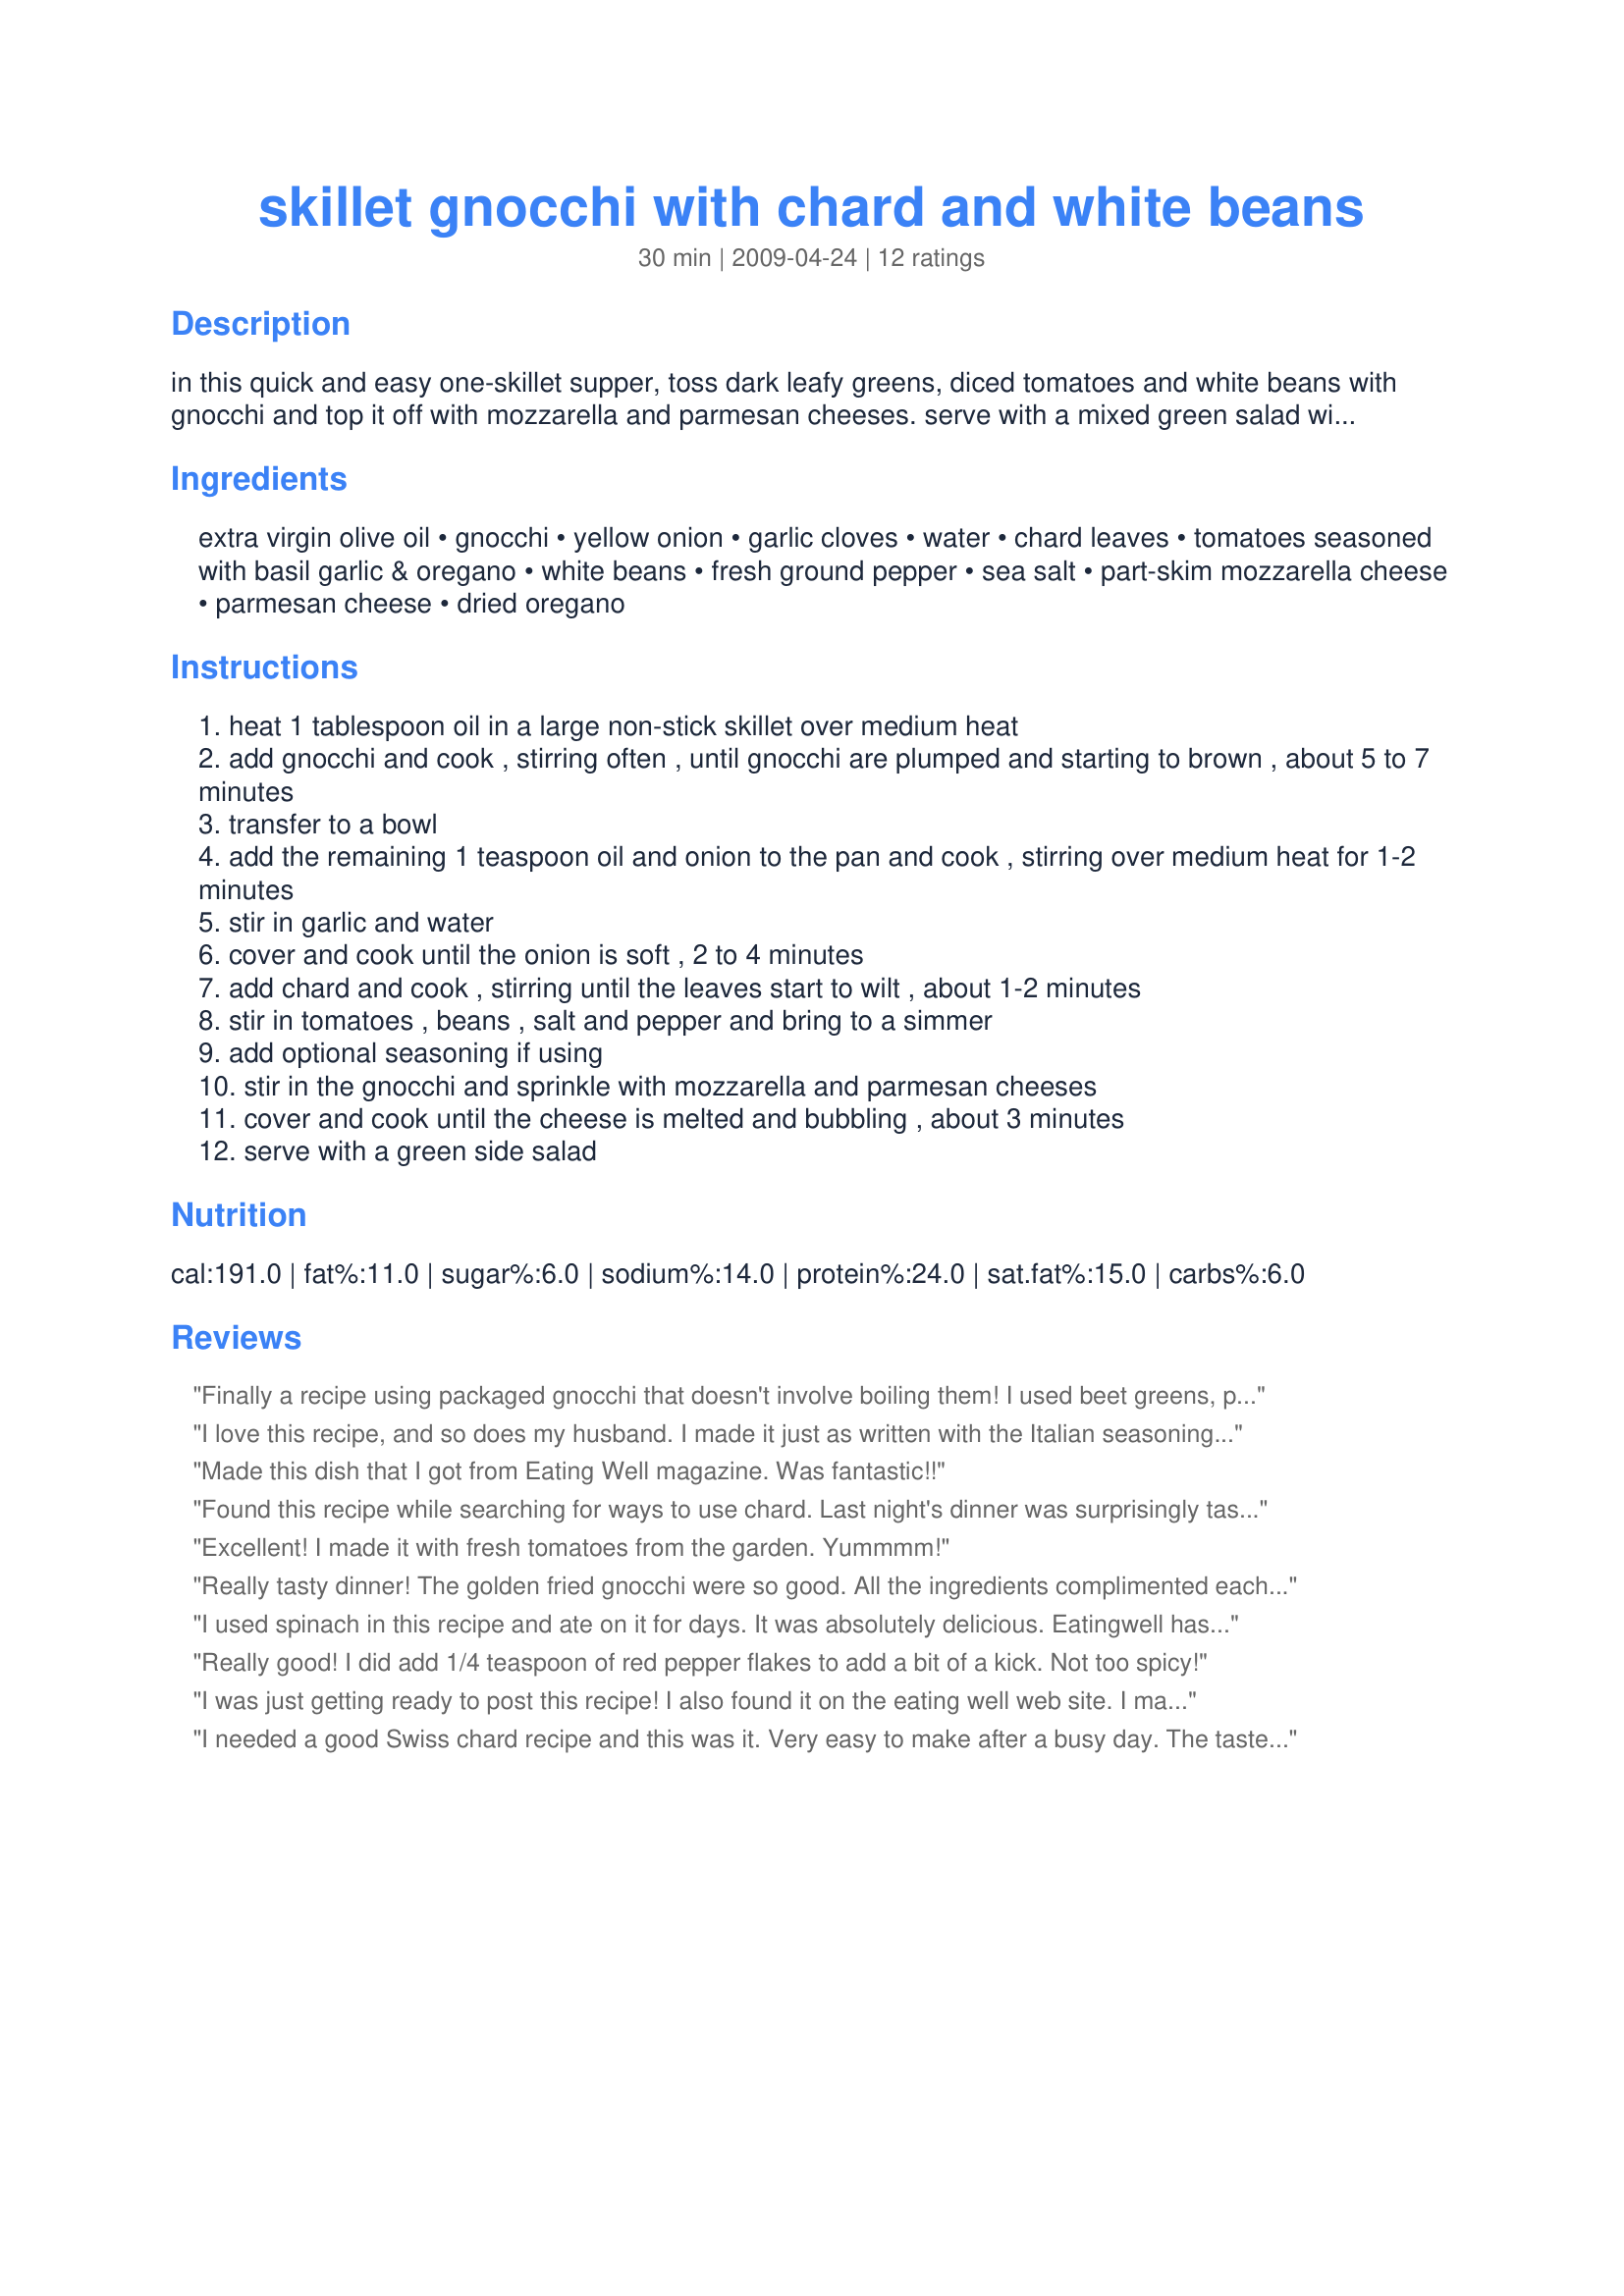
skillet gnocchi with chard and white beans
Preparation time: 30 minutes

in this quick and easy one-skillet supper, toss dark leafy greens, diced tomatoes and white beans with gnocchi and top it off with mozzarella and parmesan cheeses. serve with a mixed green salad with vinaigrette. note: look for shelf-stable gnocchi near other pasta in the italian section of most supermarkets. i used mini potato gnocchi and arugula and it was delicious. i added the optional seasoning as my preference was a little more italian flavor. original recipe from eatingwell magazine, jan/feb 2009.

Ingredients:
extra virgin olive oil, gnocchi, yellow onion, garlic cloves, water, chard leaves, tomatoes seasoned with basil garlic & oregano, white beans, fresh ground pepper, sea salt, part-skim mozzarella cheese, parmesan cheese, dried oregano

Steps:
heat 1 tablespoon oil in a large non-stick skillet over medium heat
add gnocchi and cook , stirring often , until gnocchi are plumped and starting to brown , about 5 to 7 minutes
transfer to a bowl
add the remaining 1 teaspoon oil and onion to the pan and cook , stirring over medium heat for 1-2 minutes
stir in garlic and water
cover and cook until the onion is soft , 2 to 4 minutes
add chard and cook , stirring until the leaves start to wilt , about 1-2 minutes
stir in tomatoes , beans , salt and pepper and bring to a simmer
add optional seasoning if using
stir in the gnocchi and sprinkle with mozzarella and parmesan cheeses
cover and cook until the cheese is melted and bubbling , about 3 minutes
serve with a green side salad

Reviews:
Finally a recipe using packaged gnocchi that doesn't involve boiling them! I used beet greens, perlini (mini balls) mozzarella, and Classico Spinach Florentine sauce because they were what I had on hand, and like chef #1336121, found that adding some red pepper flakes was a nice addition. Thanks, FloridaNative, for a great recipe, and a brand new take on cooking with gnocchi.
I love this recipe, and so does my husband. I made it just as written with the Italian seasoning but added a little half & half near the end to help thicken it a little. We have had it several times, once as the side for steak and a second for grilled chicken breast. This is so easy and so delicious. I would not hesitate to serve it to company. You could easily substitute spinach for the chard.
Made this dish that I got from Eating Well magazine. Was fantastic!!
Found this recipe while searching for ways to use chard. Last night's dinner was surprisingly tasty. I used whole wheat gnocchi, added Italian seasoning, and substitued a combination of chicken and vegetable broth for the water. (had leftovers in the fridge) The only disappointment was finding we were out of Parmesan cheese!
Excellent! I made it with fresh tomatoes from the garden. Yummmm!
Really tasty dinner! The golden fried gnocchi were so good. All the ingredients complimented each other well. Next time I would like to soften up the tomatoes and chard a bit longer before adding the beans. In fact I think this would be great with garden tomatoes and plan to use this recipe in concert with Recipe #204002. Will add fresh garden basil and oregano too. Thanks!
I used spinach in this recipe and ate on it for days. It was absolutely delicious. Eatingwell has so many good recipes and this one is definitely one of them!
Really good! I did add 1/4 teaspoon of red pepper flakes to add a bit of a kick. Not too spicy!
I was just getting ready to post this recipe! I also found it on the eating well web site. I made a couple of changes, I used fresh baby spinach instead of the chard (I think it is bitter), and I used Italian style stewed tomatoes. I precooked the gnocchi in boiling water so they would be fluffy. I browned them in the skillet once they were cooked.
This is an awesome recipe, and full of good things. Can't wait to have the left overs tomorrow!
I needed a good Swiss chard recipe and this was it. Very easy to make after a busy day. The taste was fabulous. We now have a new family favorite. Thanks for sharing.
I love gnocchi skillet fried like this! I had been trying to figure out a way to cook gnocchi that I actually liked, and this did the trick. I couldn't stop snacking on the crispy-on-the-outside, soft-on-the-inside little treats. The recipe as a whole was a little heavy for me, but I think it would be great on a cold and rainy day. Thanks for the novel idea.
Loved this! The chard and white beans were a delicious addition. Next time I'd cut back on the cheese amount a little. Thanks!
